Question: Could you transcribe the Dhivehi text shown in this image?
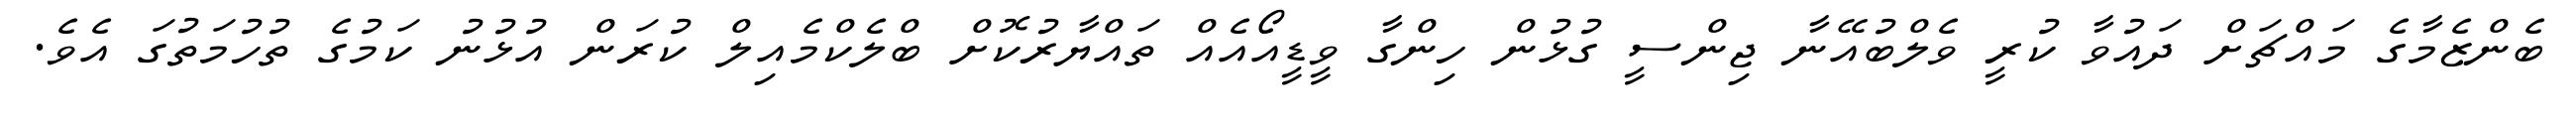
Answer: ބެންޒެމާގެ މައްޗަށް ދައުވާ ކުރީ ވެލްބުއޭނާ ޖިންސީ ގުޅުން ހިންގާ ވީޑީއޯއެއް ތައްޔާރުކޮށް ބްލެކްމެއިލް ކުރަން އުޅުނު ކަމުގެ ތުހުމަތުގަ އެވެ.